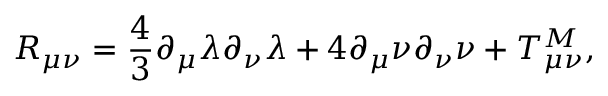
R _ { \mu \nu } = \frac { 4 } { 3 } \partial _ { \mu } \lambda \partial _ { \nu } \lambda + 4 \partial _ { \mu } \nu \partial _ { \nu } \nu + T _ { \mu \nu } ^ { M } ,